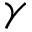
\gamma